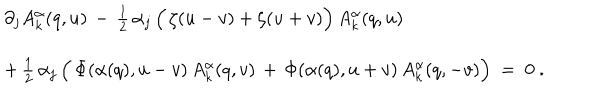
\begin{array} { l } { { \partial _ { j } ^ { } A _ { k } ^ { \alpha } ( q , u ) \, - \, { \textstyle \frac { 1 } { 2 } } \, \alpha _ { j } ^ { } \, \Bigl ( \, \zeta ( u - v ) + \zeta ( u + v ) \Bigr ) \, A _ { k } ^ { \alpha } ( q , u ) } } \\ { { \mathrm { } + \, { \textstyle \frac { 1 } { 2 } } \, \alpha _ { j } ^ { } \, \Bigl ( \, \Phi ( \alpha ( q ) , u - v ) \, A _ { k } ^ { \alpha } ( q , v ) \, + \, \Phi ( \alpha ( q ) , u + v ) \, A _ { k } ^ { \alpha } ( q , - v ) \Bigr ) ~ = ~ 0 ~ . } } \\ \end{array}